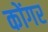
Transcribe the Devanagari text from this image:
कोंगर